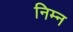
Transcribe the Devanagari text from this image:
निम्‍न